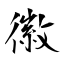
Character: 徽